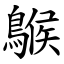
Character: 䳧